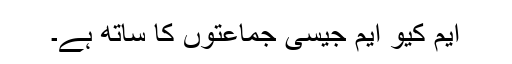
ایم کیو ایم جیسی جماعتوں کا ساتھ ہے۔